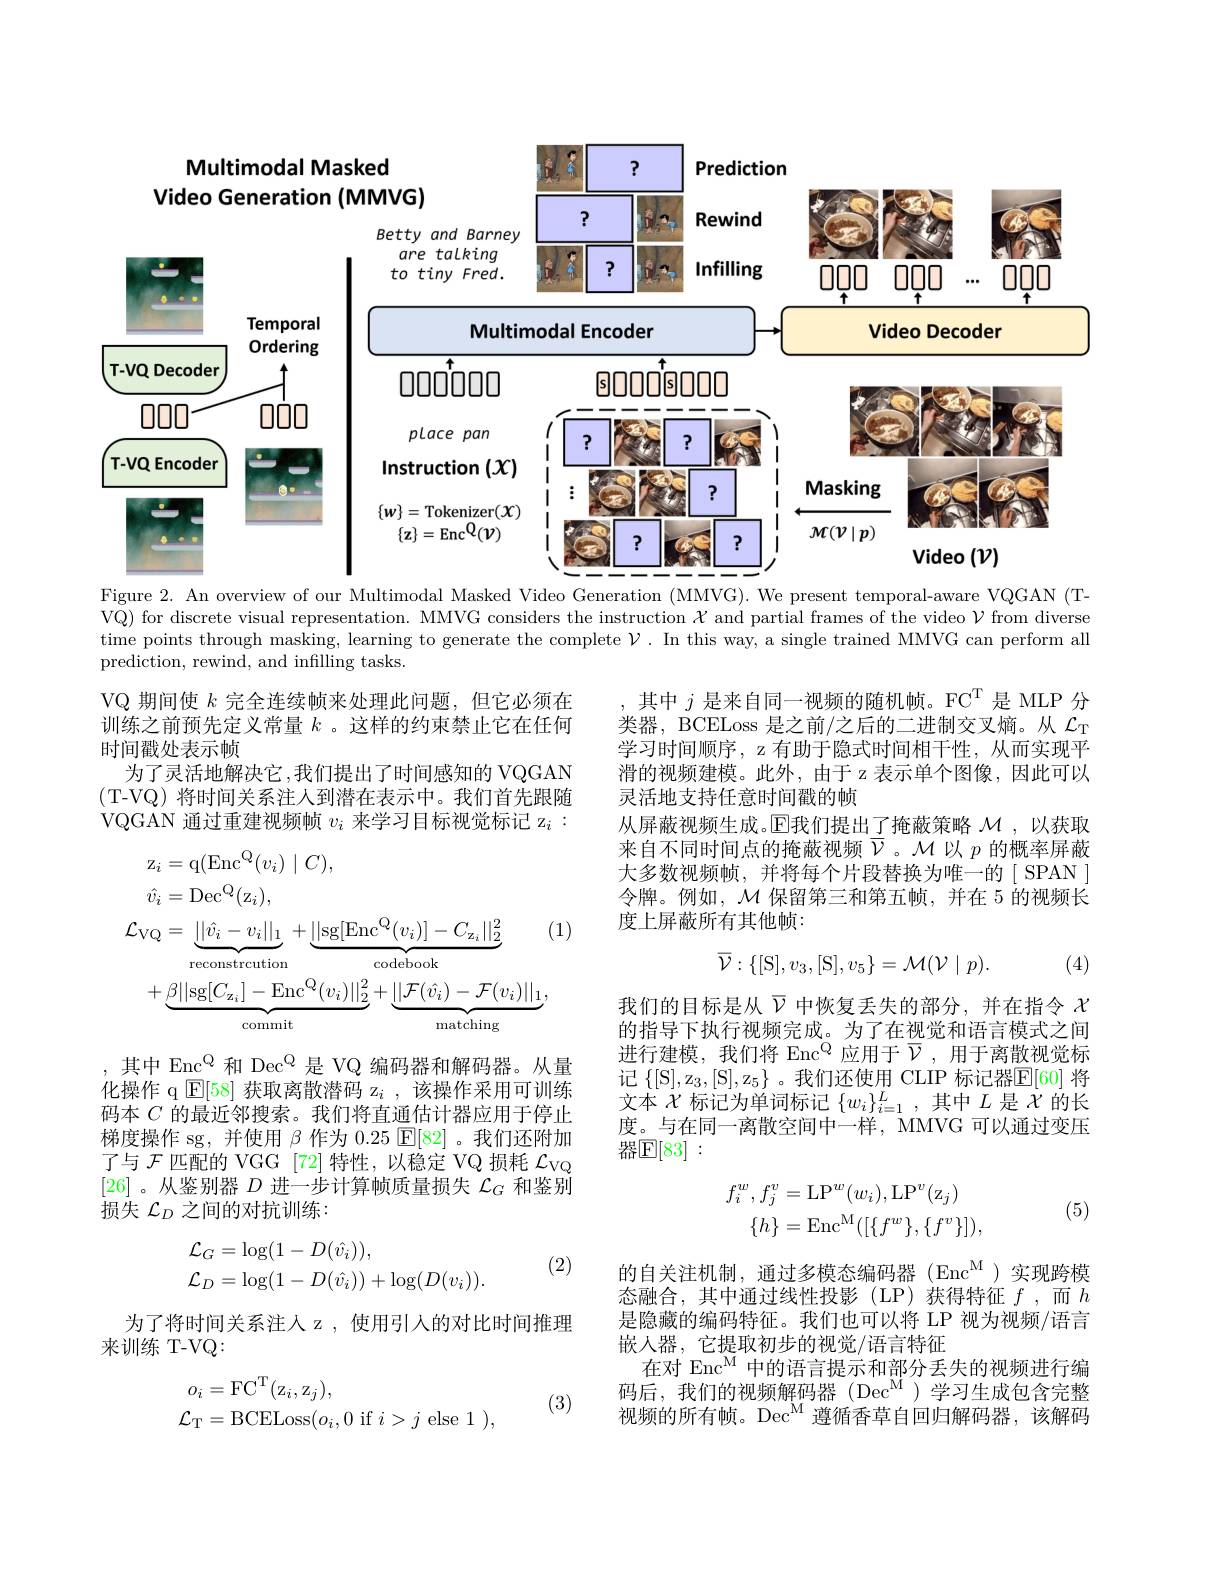
<FigureHere>

Figure 2. An overview of our Multimodal Masked Video Generation (MMVG). We present temporal-aware VQGAN (T-

VQ) for discrete visual representation. MMVG considers the instruction $\mathcal{X}$ and partial frames of the video $\mathcal{V}$ from diverse time points through masking, learning to generate the complete $\mathcal{V}.$ In this way, a single trained MMVG can perform all prediction, rewind, and infilling tasks.

VQ 期间使$k$完全连续帧来处理此问题，但它必须在训练之前预先定义常量$k$ 。这样的约束禁止它在任何时间戳处表示帧
为了灵活地解决它，我们提出了时间感知的 VQGAN (T-VQ) 将时间关系注人到潜在表示中。我们首先跟随VQGAN 通过重建视频帧$v_i$来学习目标视觉标记 z$_i:$

其中$j$是来自同一视频的随机帧。FC$^\mathrm{T}$是 MLP 分类器，BCELoss 是之前/之后的二进制交叉熵。从$\mathcal{L}_\mathrm{T}$ 学习时间顺序，z 有助于隐式时间相干性，从而实现平滑的视频建模。此外，由于 z 表示单个图像，因此可以灵活地支持任意时间戳的帧
从屏蔽视频生成。$\operatorname{E}$我们提出了掩蔽策略 $\mathcal{M}$ ,以获取来自不同时间点的掩蔽视频$\overline{\nu}$。M 以$p$的概率屏蔽大多数视频帧，并将每个片段替换为唯一的[ SPAN] 令牌。例如，$\mathcal{M}$保留第三和第五帧，并在 5 的视频长度上屏蔽所有其他帧：
$$\begin{aligned}\mathrm{z}_{i}&=\mathrm{q}(\mathrm{Enc}^{\mathrm{Q}}(v_{i})\mid C),\\\hat{v}_{i}&=\mathrm{Dec}^{\mathrm{Q}}(\mathrm{z}_{i}),\\\mathcal{L}_{\mathrm{VQ}}&=\underbrace{||\hat{v}_{i}-v_{i}||_{1}}_{\mathrm{reconstrcution}}+\underbrace{||\mathrm{sg}[\mathrm{Enc}^{\mathrm{Q}}(v_{i})]-C_{\mathrm{z}_{i}}||_{2}^{2}}_{\mathrm{codebook}}&(1\\&+\underbrace{\beta||\mathrm{sg}[C_{\mathrm{z}_{i}}]-\mathrm{Enc}^{\mathrm{Q}}(v_{i})||_{2}^{2}}_{\mathrm{commit}}+\underbrace{||\mathcal{F}(\hat{v}_{i})-\mathcal{F}(v_{i})||_{1}}_{\mathrm{matching}},\end{aligned}$$
$$\overline{\mathcal{V}}:\{[\mathrm{S}],v_{3},[\mathrm{S}],v_{5}\}=\mathcal{M}(\mathcal{V}\mid p).$$
(4)

我们的目标是从$\overline{\nu}$中恢复丢失的部分，并在指令$\chi$ 的指导下执行视频完成。为了在视觉和语言模式之间进行建模，我们将 Enc$^{\mathrm{Q}}$应用于$\overline{\mathcal{V}}$,用于离散视觉标记 $\{ [$S$] , \mathrm{z} _3, [$S$] , \mathrm{z} _5\}$ 。我们还使用 CLIP 标记器$\mathbb{E}[60]$ 将文本$\chi$标记为单词标记$\{w_i\}_i=1^L$,其中$L$是$\chi$的长度。与在同一离散空间中一样，MMVG 可以通过变压器$\mathbb{E}[83]:$

,其中 Enc$^{\mathrm{Q}}$ 和 Dec$^{\mathrm{Q}}$ 是 VQ 编码器和解码器。从量化操作 q $\operatorname{E}[58]$获取离散潜码 z$_i$ ,该操作采用可训练码本$C$的最近邻搜索。我们将直通估计器应用于停止梯度操作 sg, 并使用$\beta$作为 0.25 $\mathbb{E}[82]$ 。我们还附加了与$\mathcal{F}$匹配的 VGG [72]特性，以稳定 VQ 损耗$\mathcal{L}_\mathrm{VQ}$ [26] 。从鉴别器$D$进一步计算帧质量损失$\mathcal{L}_G$和鉴别损失$\mathcal{L}_D$之间的对抗训练：
$$\begin{aligned}f_i^w,f_j^v&=\mathrm{LP}^w(w_i),\mathrm{LP}^v(\mathrm{z}_j)\\\{h\}&=\mathrm{Enc}^\mathrm{M}([\{f^w\},\{f^v\}]),\end{aligned}$$
(5)
$$\begin{aligned}\mathcal{L}_G&=\log(1-D(\hat{v_i})),\\\mathcal{L}_D&=\log(1-D(\hat{v_i}))+\log(D(v_i)).\end{aligned}$$
(2)

为了将时间关系注人 z ,使用引人的对比时间推理
来训练 T-VQ:

$的自关注机制，通过多模态编码器(Enc^M)实现跨模$ 态融合，其中通过线性投影(LP)获得特征$f$,而$h$ 是隐藏的编码特征。我们也可以将 LP 视为视频/语言嵌人器，它提取初步的视觉/语言特征
在对 Enc$^{\mathrm{M}}$中的语言提示和部分丢失的视频进行编$码后，我们的视频解码器(Dec^M)学习生成包含完整$ 视频的所有帧。Dec$^\mathrm{M}$遵循香草自回归解码器，该解码

(3)
$$\begin{aligned}o_{i}&=\mathrm{FC}^{\mathrm{T}}(\mathrm{z}_{i},\mathrm{z}_{j}),\\\mathcal{L}_{\mathrm{T}}&=\mathrm{BCELoss}(o_{i},0\mathrm{~if~}i>j\mathrm{~else~}1\mathrm{~}),\end{aligned}$$